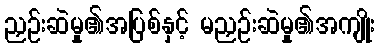
ညှဉ်းဆဲမှု၏အပြစ်နှင့် မညှဉ်းဆဲမှု၏အကျိုး